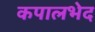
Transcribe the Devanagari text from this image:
कपालभेद